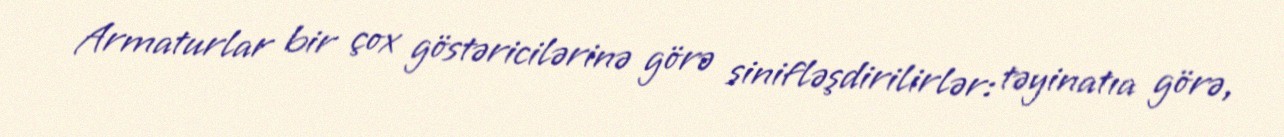
Armaturlar bir çox göstəricilərinə görə sinifləşdirilirlər: təyinatıa görə,